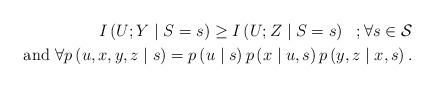
LaTeX: \begin{align*}I\left(U;Y\mid S=s\right)\geq I\left(U;Z\mid S=s\right) ~~ ;\forall s\in \mathcal{S} \\\mathrm{and} ~\forall p\left(u,x,y,z\mid s\right)=p\left(u\mid s\right)p\left(x\mid u,s\right) p\left(y,z\mid x,s\right). \end{align*}